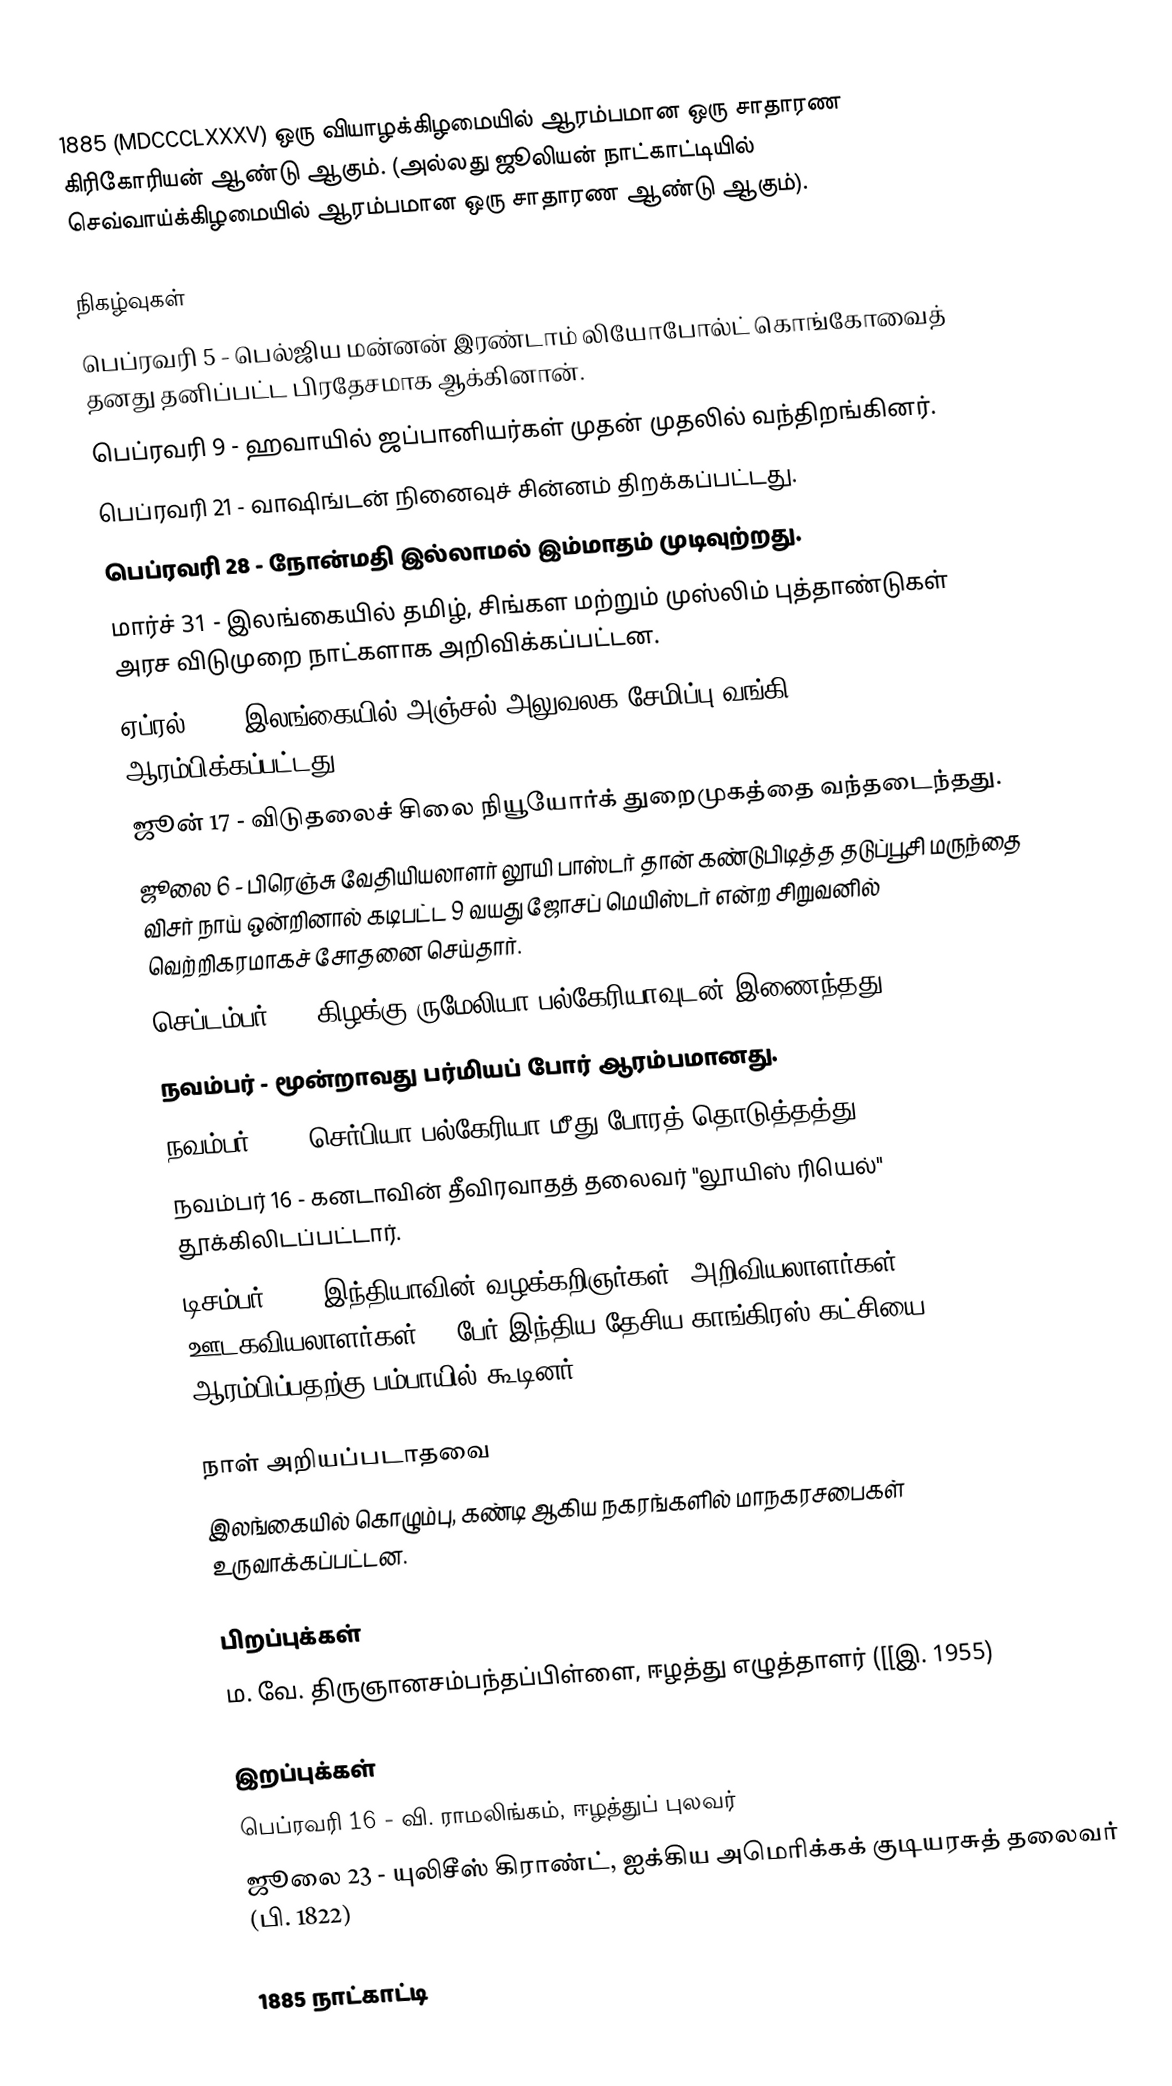
1885  (MDCCCLXXXV) ஒரு வியாழக்கிழமையில் ஆரம்பமான ஒரு சாதாரண கிரிகோரியன் ஆண்டு ஆகும். (அல்லது ஜூலியன் நாட்காட்டியில் செவ்வாய்க்கிழமையில் ஆரம்பமான ஒரு சாதாரண ஆண்டு ஆகும்).

நிகழ்வுகள்
 பெப்ரவரி 5 - பெல்ஜிய மன்னன் இரண்டாம் லியோபோல்ட் கொங்கோவைத் தனது தனிப்பட்ட பிரதேசமாக ஆக்கினான்.
 பெப்ரவரி 9 - ஹவாயில் ஜப்பானியர்கள் முதன் முதலில் வந்திறங்கினர்.
 பெப்ரவரி 21 - வாஷிங்டன் நினைவுச் சின்னம் திறக்கப்பட்டது.
 பெப்ரவரி 28 - நோன்மதி இல்லாமல் இம்மாதம் முடிவுற்றது.
 மார்ச் 31 - இலங்கையில் தமிழ், சிங்கள மற்றும் முஸ்லிம் புத்தாண்டுகள் அரச விடுமுறை நாட்களாக அறிவிக்கப்பட்டன.
 ஏப்ரல் 16 - இலங்கையில் அஞ்சல் அலுவலக சேமிப்பு வங்கி ஆரம்பிக்கப்பட்டது.
 ஜூன் 17 - விடுதலைச் சிலை நியூயோர்க் துறைமுகத்தை வந்தடைந்தது.
 ஜூலை 6 - பிரெஞ்சு வேதியியலாளர் லூயி பாஸ்டர் தான் கண்டுபிடித்த தடுப்பூசி மருந்தை விசர் நாய் ஒன்றினால் கடிபட்ட 9 வயது ஜோசப் மெயிஸ்டர் என்ற சிறுவனில் வெற்றிகரமாகச் சோதனை செய்தார்.
 செப்டம்பர் 6 - கிழக்கு ருமேலியா பல்கேரியாவுடன் இணைந்தது.
 நவம்பர் - மூன்றாவது பர்மியப் போர் ஆரம்பமானது.
 நவம்பர் 14 - செர்பியா பல்கேரியா மீது போரத் தொடுத்தத்து.
 நவம்பர் 16 - கனடாவின் தீவிரவாதத் தலைவர் "லூயிஸ் ரியெல்" தூக்கிலிடப்பட்டார்.
 டிசம்பர் 28 - இந்தியாவின் வழக்கறிஞர்கள், அறிவியலாளர்கள், ஊடகவியலாளர்கள் 72 பேர் இந்திய தேசிய காங்கிரஸ் கட்சியை ஆரம்பிப்பதற்கு பம்பாயில் கூடினர்.

நாள் அறியப்படாதவை
 இலங்கையில் கொழும்பு, கண்டி ஆகிய நகரங்களில் மாநகரசபைகள் உருவாக்கப்பட்டன.

பிறப்புக்கள்
 ம. வே. திருஞானசம்பந்தப்பிள்ளை, ஈழத்து எழுத்தாளர் ([[இ. 1955)

இறப்புக்கள்
 பெப்ரவரி 16 - வி. ராமலிங்கம், ஈழத்துப் புலவர்
 ஜூலை 23 - யுலிசீஸ் கிராண்ட், ஐக்கிய அமெரிக்கக் குடியரசுத் தலைவர் (பி. 1822)

1885 நாட்காட்டி